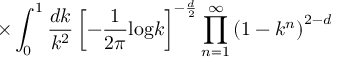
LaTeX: \times \int _ { 0 } ^ { 1 } \frac { d k } { k ^ { 2 } } \left[ - \frac { 1 } { 2 \pi } \mathrm { l o g } k \right] ^ { - \frac { d } { 2 } } \prod _ { n = 1 } ^ { \infty } \left( 1 - k ^ { n } \right) ^ { 2 - d }